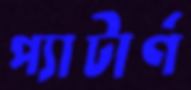
প্যাটার্ণ